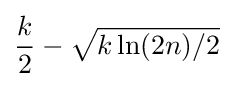
{k \over 2}-{\sqrt {k\ln(2n)/2}}